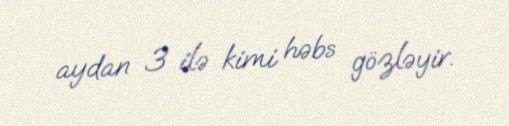
aydan 3 ilə kimi həbs gözləyir.